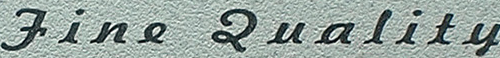
Fine Quality